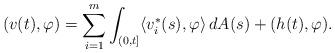
LaTeX: \begin{align*}( v(t), \varphi ) = \sum_{i=1}^m \int_{(0,t]} \langle v_i^{\ast}(s),\varphi \rangle \,dA(s) + ( h(t),\varphi ).\end{align*}